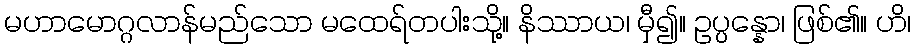
မဟာမောဂ္ဂလာန်မည်သော မထေရ်တပါးသို့။ နိဿာယ၊ မှီ၍။ ဥပ္ပန္နော၊ ဖြစ်၏။ ဟိ၊